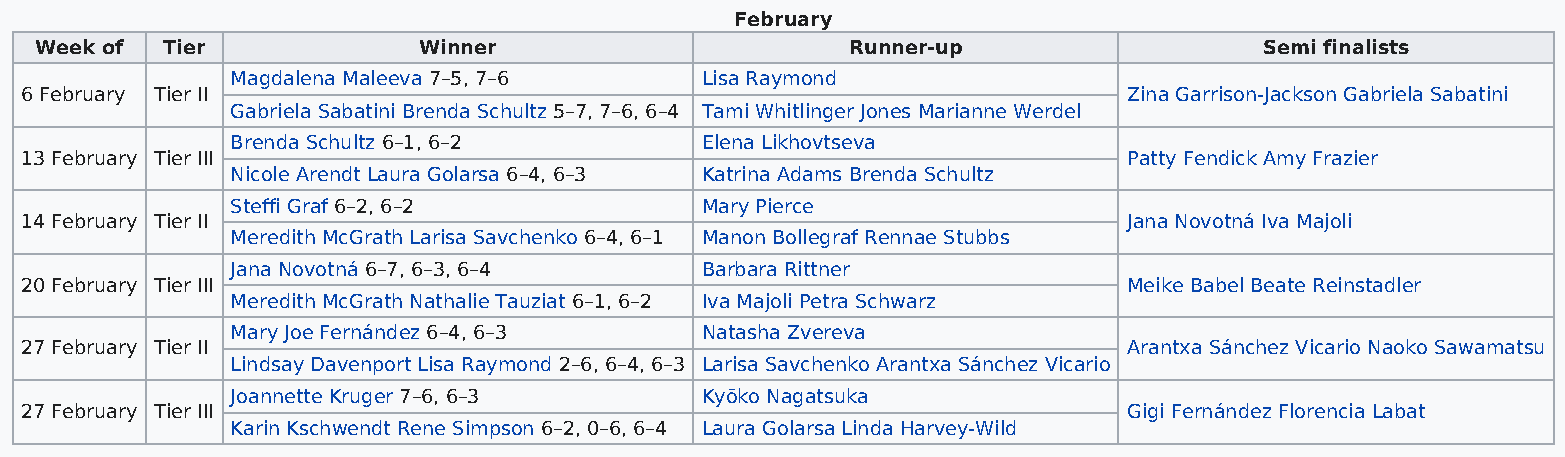
February
 Week of  Tier             Winner                      Runner-up                   Semi finalists
 Magdalena Maleeva 7–5, 7–6     Lisa Raymond
 6 February Tier II                                                        Zina Garrison-Jackson Gabriela Sabatini
 Gabriela Sabatini Brenda Schultz 5–7, 7–6, 6–4 Tami Whitlinger Jones Marianne Werdel
 Brenda Schultz 6–1, 6–2        Elena Likhovtseva
 13 February Tier III                                                      Patty Fendick Amy Frazier
 Nicole Arendt Laura Golarsa 6–4, 6–3 Katrina Adams Brenda Schultz
 Steffi Graf 6–2, 6–2           Mary Pierce
 14 February Tier II                                                       Jana Novotná Iva Majoli
 Meredith McGrath Larisa Savchenko 6–4, 6–1 Manon Bollegraf Rennae Stubbs
 Jana Novotná 6–7, 6–3, 6–4     Barbara Rittner
 20 February Tier III                                                      Meike Babel Beate Reinstadler
 Meredith McGrath Nathalie Tauziat 6–1, 6–2 Iva Majoli Petra Schwarz
 Mary Joe Fernández 6–4, 6–3    Natasha Zvereva
 27 February Tier II                                                       Arantxa Sánchez Vicario Naoko Sawamatsu
 Lindsay Davenport Lisa Raymond 2–6, 6–4, 6–3 Larisa Savchenko Arantxa Sánchez Vicario
 Joannette Kruger 7–6, 6–3      Kyōko Nagatsuka
 27 February Tier III                                                      Gigi Fernández Florencia Labat
 Karin Kschwendt Rene Simpson 6–2, 0–6, 6–4 Laura Golarsa Linda Harvey-Wild